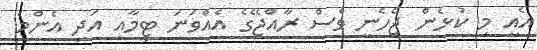
އެއީ މި ކުޅެން ޖެހެނީ ވެސް ރާއްޖޭގެ އެއްވަނަ ޓީމާއި އަދި އެންމެ